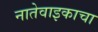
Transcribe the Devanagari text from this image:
नातेवाइकाचा